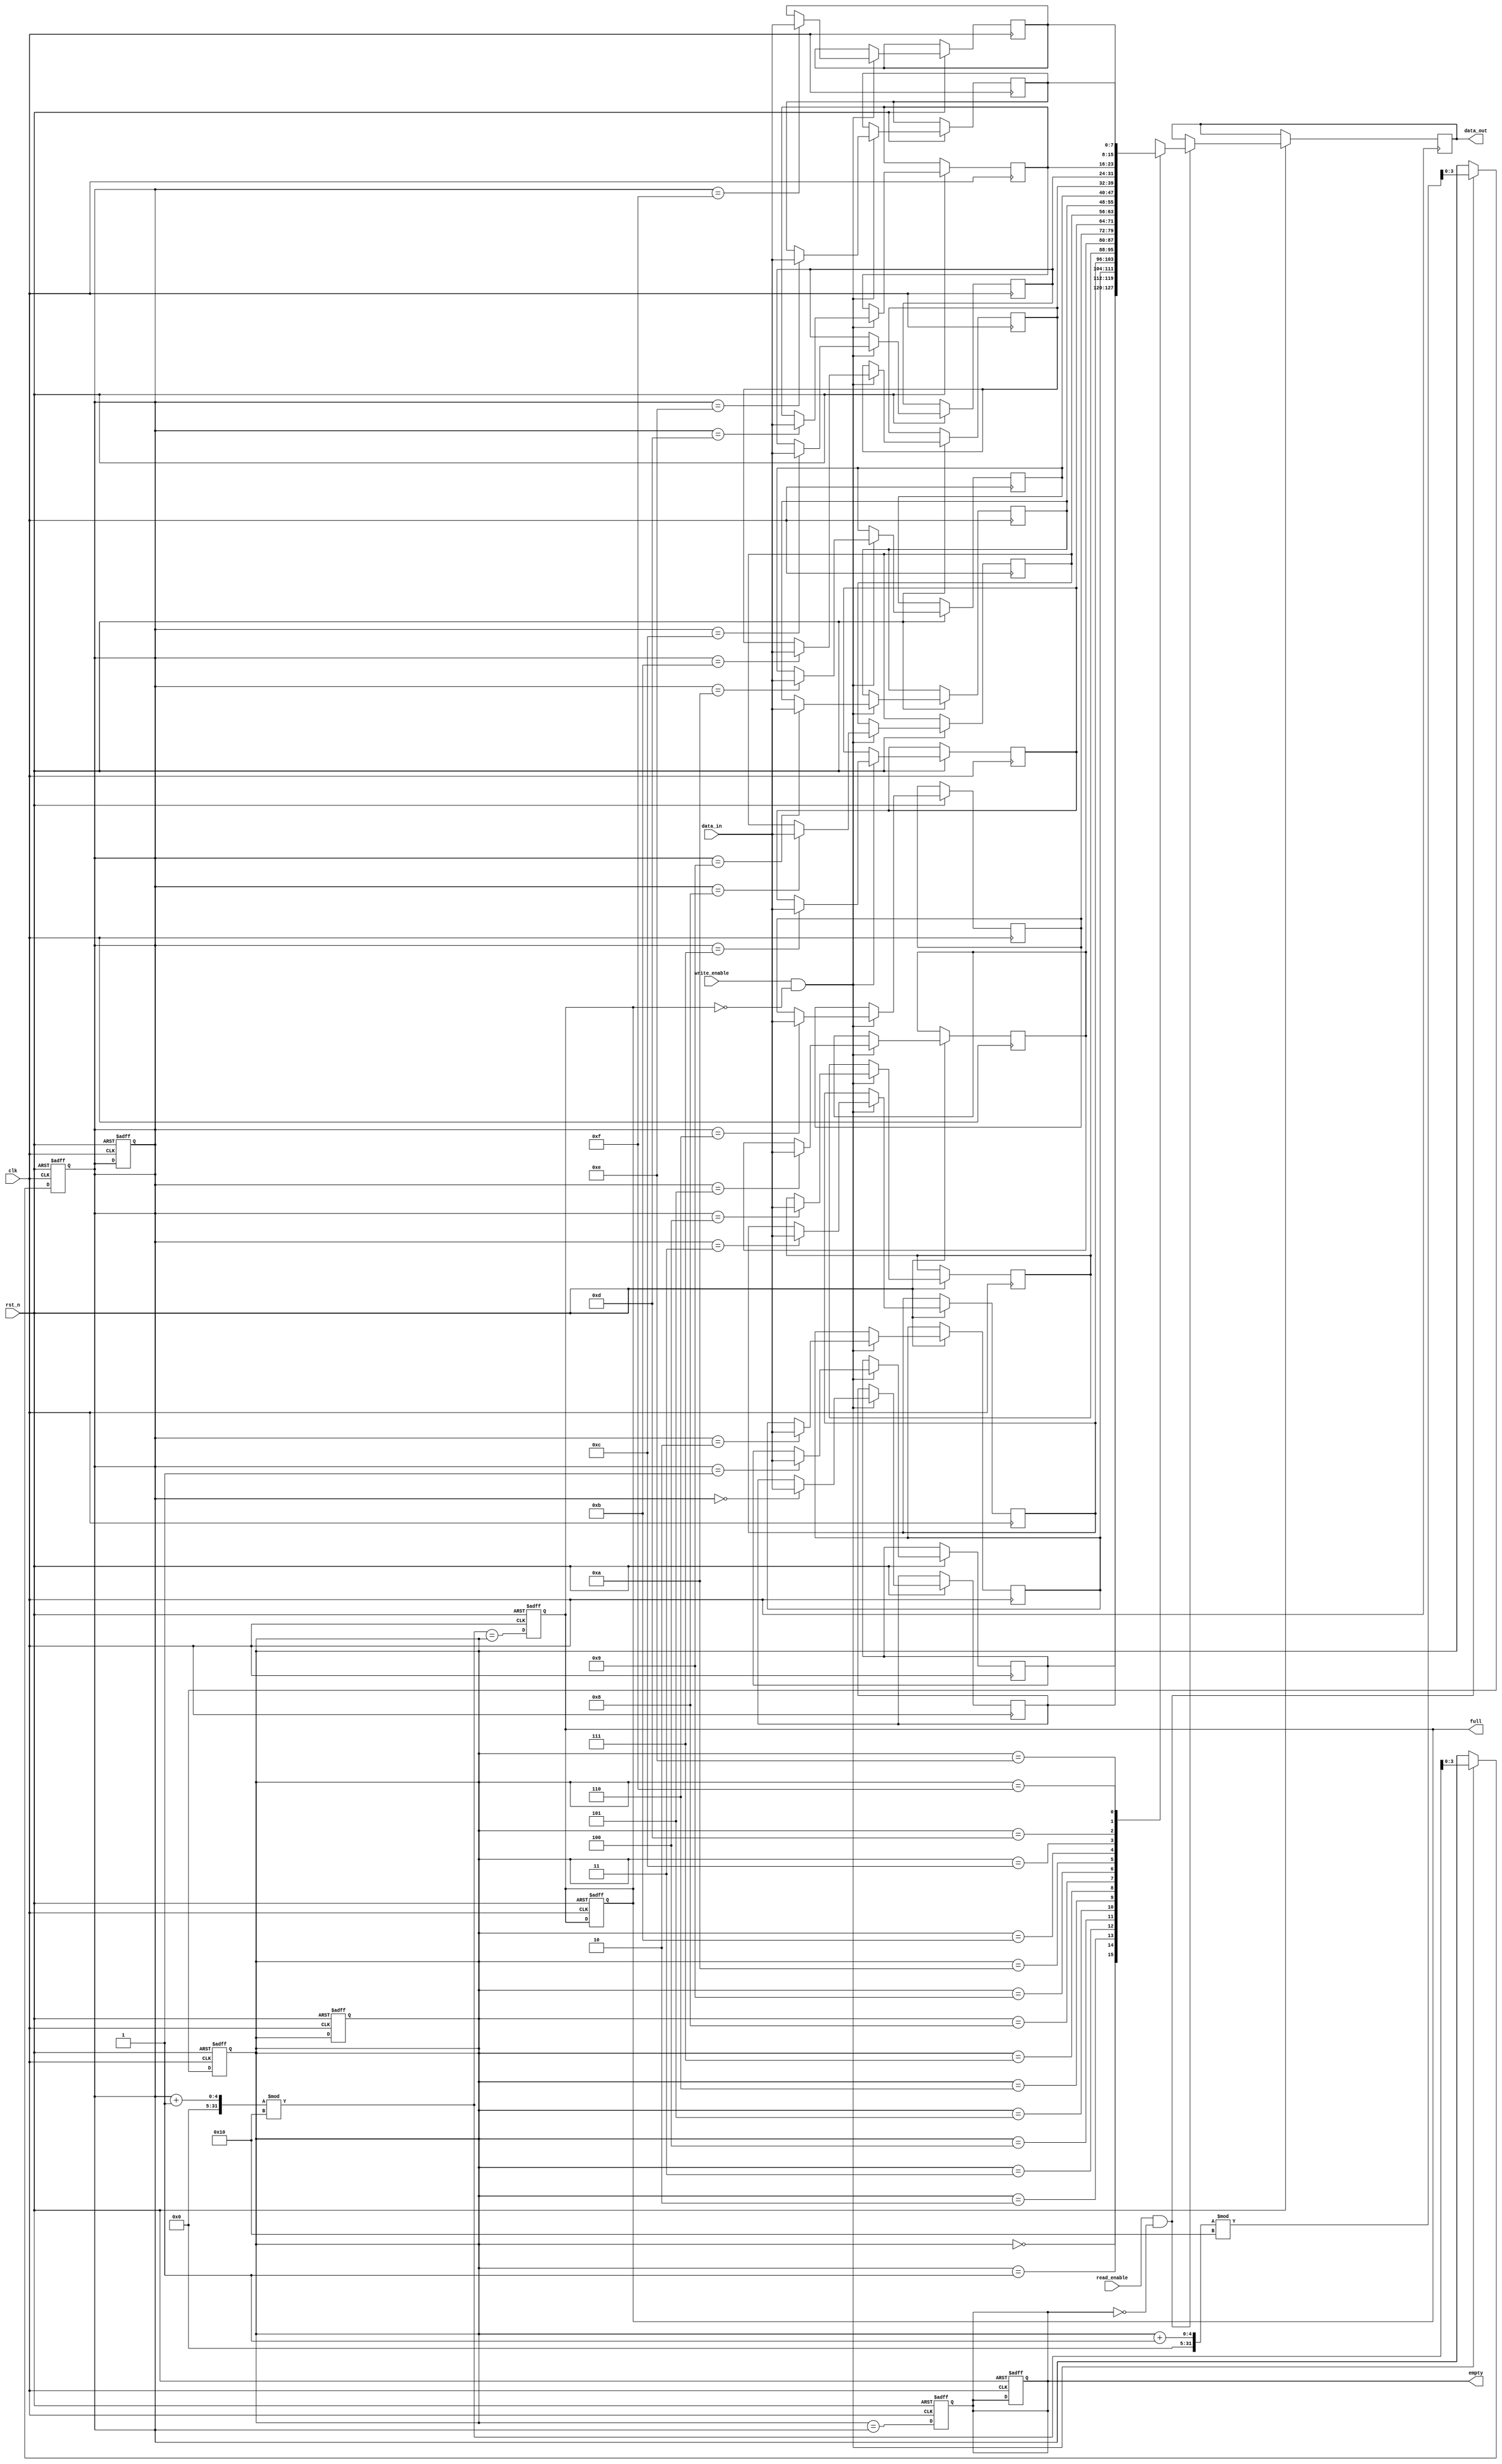
module parameterized_fifo #(
    parameter DATA_WIDTH = 8,       // Width of each data entry
    parameter FIFO_DEPTH = 16        // Depth of the FIFO
) (
    input wire clk,                  // Clock signal
    input wire rst_n,                // Active-low reset
    input wire write_enable,         // Write enable signal
    input wire read_enable,          // Read enable signal
    input wire [DATA_WIDTH-1:0] data_in, // Input data
    output reg [DATA_WIDTH-1:0] data_out, // Output data
    output reg full,                 // FIFO full flag
    output reg empty                 // FIFO empty flag
);

    // Calculate the number of bits needed for the pointers
    localparam ADDR_WIDTH = $clog2(FIFO_DEPTH);

    // Memory array to store the data
    reg [DATA_WIDTH-1:0] fifo_mem [0:FIFO_DEPTH-1];

    // Read and Write pointers
    reg [ADDR_WIDTH-1:0] read_ptr;
    reg [ADDR_WIDTH-1:0] write_ptr;

    // FIFO status flags
    initial begin
        full = 1'b0;
        empty = 1'b1;
        read_ptr = 0;
        write_ptr = 0;
    end

    // Write operation
    always @(posedge clk or negedge rst_n) begin
        if (!rst_n) begin
            // Reset condition
            read_ptr <= 0;
            write_ptr <= 0;
            full <= 1'b0;
            empty <= 1'b1;
        end else begin
            if (write_enable && !full) begin
                fifo_mem[write_ptr] <= data_in; // Write data to FIFO
                write_ptr <= (write_ptr + 1) % FIFO_DEPTH; // Increment write pointer
            end
        end
    end

    // Read operation
    always @(posedge clk or negedge rst_n) begin
        if (!rst_n) begin
            // Reset condition
            read_ptr <= 0;
            write_ptr <= 0;
            full <= 1'b0;
            empty <= 1'b1;
        end else begin
            if (read_enable && !empty) begin
                data_out <= fifo_mem[read_ptr]; // Read data from FIFO
                read_ptr <= (read_ptr + 1) % FIFO_DEPTH; // Increment read pointer
            end
        end
    end

    // Update full and empty flags
    always @(posedge clk or negedge rst_n) begin
        if (!rst_n) begin
            full <= 1'b0;
            empty <= 1'b1;
        end else begin
            full <= (write_ptr + 1) % FIFO_DEPTH == read_ptr; // Check if FIFO is full
            empty <= (read_ptr == write_ptr); // Check if FIFO is empty
        end
    end

endmodule